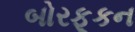
બોરફૂકન